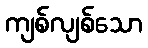
ကျစ်လျစ်သော